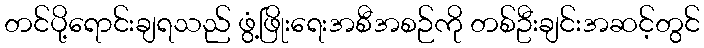
တင်ပို့ရောင်းချရသည် ဖွံ့ဖြိုးရေးအစီအစဉ်ကို တစ်ဦးချင်းအဆင့်တွင်